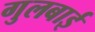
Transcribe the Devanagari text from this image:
गुलबाई